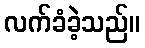
လက်ခံခဲ့သည်။